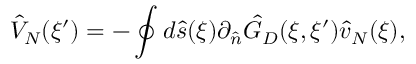
{ \hat { V } _ { N } } ( \xi ^ { \prime } ) = - \oint { d } \hat { s } ( \xi ) { \partial _ { \hat { n } } } { \hat { G } _ { D } } ( \xi , \xi ^ { \prime } ) { \hat { v } _ { N } } ( \xi ) ,